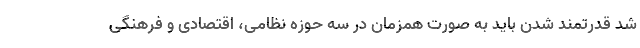
شد قدرتمند شدن باید به صورت همزمان در سه حوزه نظامی، اقتصادی و فرهنگی